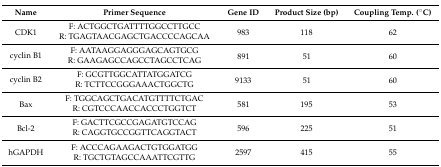
<table><thead><tr><td><b>Name</b></td><td><b>Primer Sequence</b></td><td><b>Gene ID</b></td><td><b>Product Size (bp)</b></td><td><b>Coupling Temp. (°C)</b></td></tr></thead><tbody><tr><td rowspan="2">CDK1</td><td>F: ACTGGCTGATTTTGGCCTTGCC</td><td rowspan="2">983</td><td rowspan="2">118</td><td rowspan="2">62</td></tr><tr><td>R: TGAGTAACGAGCTGACCCCAGCAA</td></tr><tr><td rowspan="2">cyclin B1</td><td>F: AATAAGGAGGGAGCAGTGCG</td><td rowspan="2">891</td><td rowspan="2">51</td><td rowspan="2">60</td></tr><tr><td>R: GAAGAGCCAGCCTAGCCTCAG</td></tr><tr><td rowspan="2">cyclin B2</td><td>F: GCGTTGGCATTATGGATCG</td><td rowspan="2">9133</td><td rowspan="2">51</td><td rowspan="2">60</td></tr><tr><td>R: TCTTCCGGGAAACTGGCTG</td></tr><tr><td rowspan="2">Bax</td><td>F: TGGCAGCTGACATGTTTTCTGAC</td><td rowspan="2">581</td><td rowspan="2">195</td><td rowspan="2">53</td></tr><tr><td>R: CGTCCCAACCACCCTGGTCT</td></tr><tr><td rowspan="2">Bcl-2</td><td>F: GACTTCGCCGAGATGTCCAG</td><td rowspan="2">596</td><td rowspan="2">225</td><td rowspan="2">51</td></tr><tr><td>R: CAGGTGCCGGTTCAGGTACT</td></tr><tr><td rowspan="2">hGAPDH</td><td>F: ACCCAGAAGACTGTGGATGG</td><td rowspan="2">2597</td><td rowspan="2">415</td><td rowspan="2">55</td></tr><tr><td>R: TGCTGTAGCCAAATTCGTTG</td></tr></tbody></table>